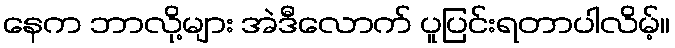
နေက ဘာလို့များ အဲဒီလောက် ပူပြင်းရတာပါလိမ့်။